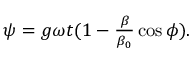
\begin{array} { c } { { \psi = g \omega t ( 1 - { \frac { \beta } { \beta _ { 0 } } } \cos { \phi } ) . } } \end{array}